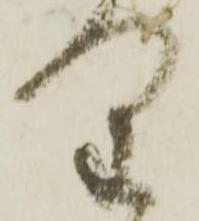
り